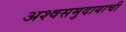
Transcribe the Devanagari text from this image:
अश्वसमुदायाची